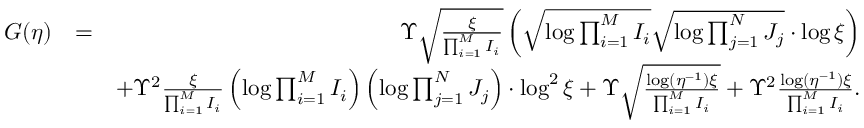
\begin{array} { r l r } { G ( \eta ) } & { = } & { \Upsilon \sqrt { \frac { \xi } { \prod _ { i = 1 } ^ { M } I _ { i } } } \left( \sqrt { \log \prod _ { i = 1 } ^ { M } I _ { i } } \sqrt { \log \prod _ { j = 1 } ^ { N } J _ { j } } \cdot \log \xi \right) } \\ & { } & { + \Upsilon ^ { 2 } \frac { \xi } { \prod _ { i = 1 } ^ { M } I _ { i } } \left( \log \prod _ { i = 1 } ^ { M } I _ { i } \right) \left( \log \prod _ { j = 1 } ^ { N } J _ { j } \right) \cdot \log ^ { 2 } \xi + \Upsilon \sqrt { \frac { \log ( \eta ^ { - 1 } ) \xi } { \prod _ { i = 1 } ^ { M } I _ { i } } } + \Upsilon ^ { 2 } \frac { \log ( \eta ^ { - 1 } ) \xi } { \prod _ { i = 1 } ^ { M } I _ { i } } . } \end{array}